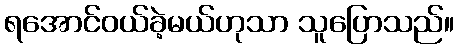
ရအောင်ဝယ်ခဲ့မယ်ဟုသာ သူပြောသည်။